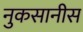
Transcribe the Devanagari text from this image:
नुकसानीस